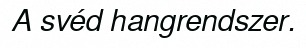
A svéd hangrendszer.